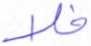
فلا